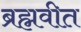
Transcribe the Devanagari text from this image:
ब्रह्मवीत